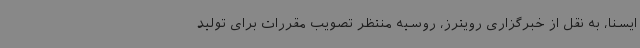
ایسنا، به نقل از خبرگزاری رویترز، روسیه منتظر تصویب مقررات برای تولید